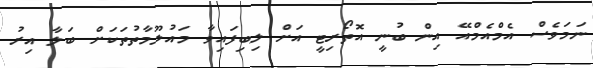
ނަމަވެސް އެމްއެމްއޭ އިން ބުނީ އޮތޯރިޓީ އަށް ލިބިފައިވާ މައުލޫމާތުތަކަށް ބަލާ އިރު